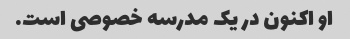
او اکنون در یک مدرسه خصوصی است.